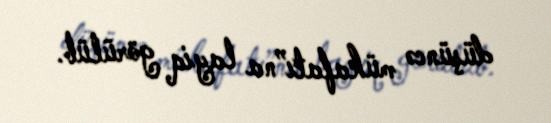
düşüncə mükafatı”na layiq görülüb.